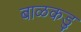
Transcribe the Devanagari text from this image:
बाळकडु